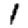
Digit: 1